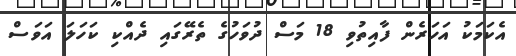
އެކަމަކު އަހަރެން ފާއިތުވި 18 މަސް ދުވަހުގެ ތެރޭގައި ދެއްކި ކަހަލަ އަވަސް